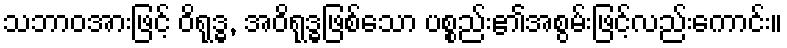
သဘာဝအားဖြင့် ဝိရုဒ္ဓ, အဝိရုဒ္ဓဖြစ်သော ပစ္စည်း၏အစွမ်းဖြင့်လည်းကောင်း။